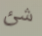
شئ